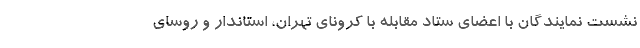
نشست نمایندگان با اعضای ستاد مقابله با کرونای تهران، استاندار و روسای